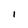
Character: 1